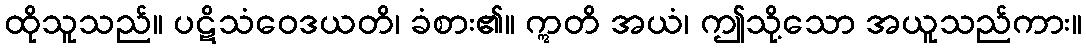
ထိုသူသည်။ ပဋိသံဝေဒယတိ၊ ခံစား၏။ ဣတိ အယံ၊ ဤသို့သော အယူသည်ကား။